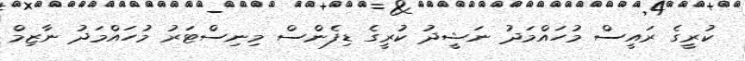
ކުރީގެ ރައީސް މުހައްމަދު ނަޝީދު ކުރީގެ ޑިފެންސް މިނިސްޓަރު މުހައްމަދު ނާޒިމް